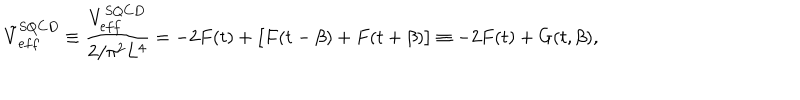
{ \tilde { V } } _ { e f f } ^ { S Q C D } \equiv { \frac { V _ { e f f } ^ { S Q C D } } { 2 / \pi ^ { 2 } L ^ { 4 } } } = - 2 F ( t ) + \bigl [ F ( t - \beta ) + F ( t + \beta ) \bigr ] \equiv - 2 F ( t ) + G ( t , \beta ) ,